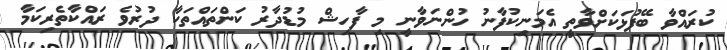
ކުރައްވާ ބޭފުޅަކަށްވާތީ އެމަނިކުފާނު ހުންނަވާނީ މި ފާހިޝް މުޑުދާރު ކަންތައްތަކާ ދުރުވެ ރައްކާތެރިކަމާ